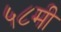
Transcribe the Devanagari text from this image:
५८मी